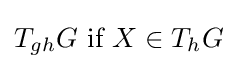
T_{gh}G{\text{ if }}X\in T_{h}G